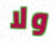
ولا